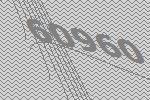
60960